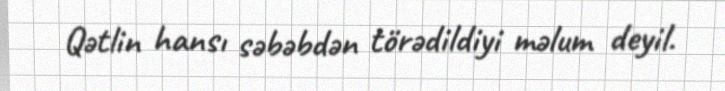
Qətlin hansı səbəbdən törədildiyi məlum deyil.